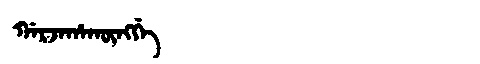
Manchu: ᡤᠠᡵᠵᠠᡥᠠᡴᡡᠩᡤᡝ
Romanization: GARJAHAKŪNGGE